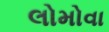
લોમોવા